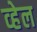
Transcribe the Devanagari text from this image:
व्‍हेल